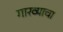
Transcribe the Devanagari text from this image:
गारव्याचा